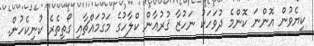
ކިޔެވުން އޮންނަ ކޮންމެ ދުވަހަކު ނަހުޒާ ޤުރުޢާން ކްލާހުގެ މަގުމައްޗާއި ގޯތިތެރެ ކުނިކެހުން.